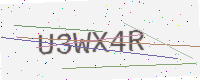
Text: U3WX4R